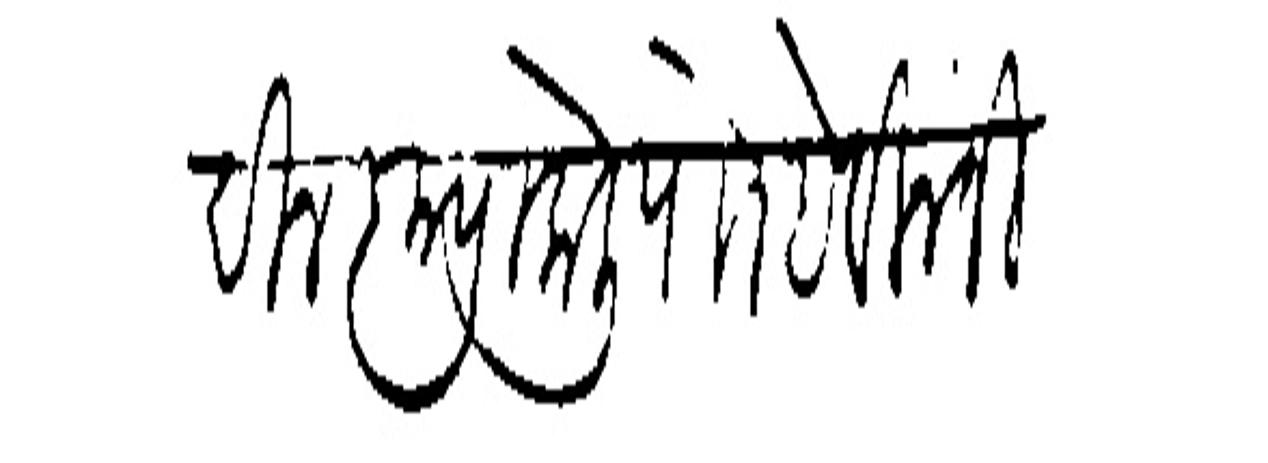
Transliteration (Devanagari): मुदीन कृपा केली पोा हे विनंती